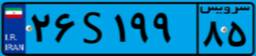
۶۳S۸۲۹۷۲